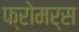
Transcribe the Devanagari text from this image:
फ्रोमर्स